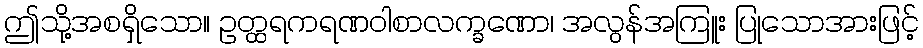
ဤသို့အစရှိသော။ ဥတ္ထရကရဏဝါစာလက္ခဏော၊ အလွန်အကြူး ပြုသောအားဖြင့်